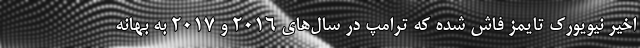
اخیر نیویورک تایمز فاش شده که ترامپ در سال‌های 2016 و 2017 به بهانه